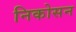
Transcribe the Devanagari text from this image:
निकोसन